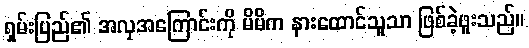
ရှမ်းပြည်၏ အလှအကြောင်းကို မိမိက နားထောင်သူသာ ဖြစ်ခဲ့ဖူးသည်။